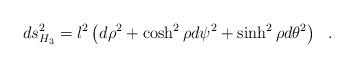
LaTeX: \begin{align*}ds^2_{H_3}=l^2 \left( d\rho^2+\cosh^2\rho d\psi^2+\sinh^2\rho d\theta^2 \right)~~.\end{align*}